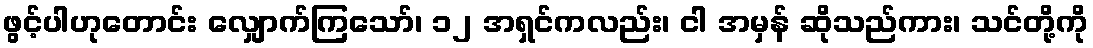
ဖွင့်ပါဟုတောင်း လျှောက်ကြသော်၊ ၁၂ အရှင်ကလည်း၊ ငါ အမှန် ဆိုသည်ကား၊ သင်တို့ကို